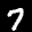
Label: 7